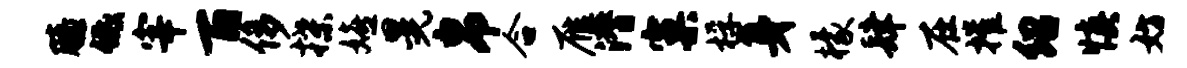
膝低宰百侈揲嬉晃帛合雁潜窠桴身檬肆在摧绍慎妨